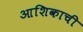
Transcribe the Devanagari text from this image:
आशिकाची